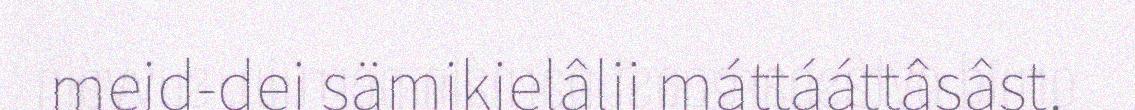
meid-dei sämikielâlii máttááttâsâst.